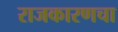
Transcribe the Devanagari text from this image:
राजकारणचा